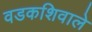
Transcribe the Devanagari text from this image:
वडकशिवाले